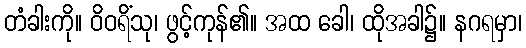
တံခါးကို။ ဝိဝရိံသု၊ ဖွင့်ကုန်၏။ အထ ခေါ၊ ထိုအခါ၌။ နဂရမှာ၊